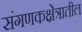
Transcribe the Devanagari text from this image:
संगणकक्षेत्रातील